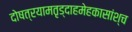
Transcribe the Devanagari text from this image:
दोषत्रयामतृड्दाहमेहकासांश्च